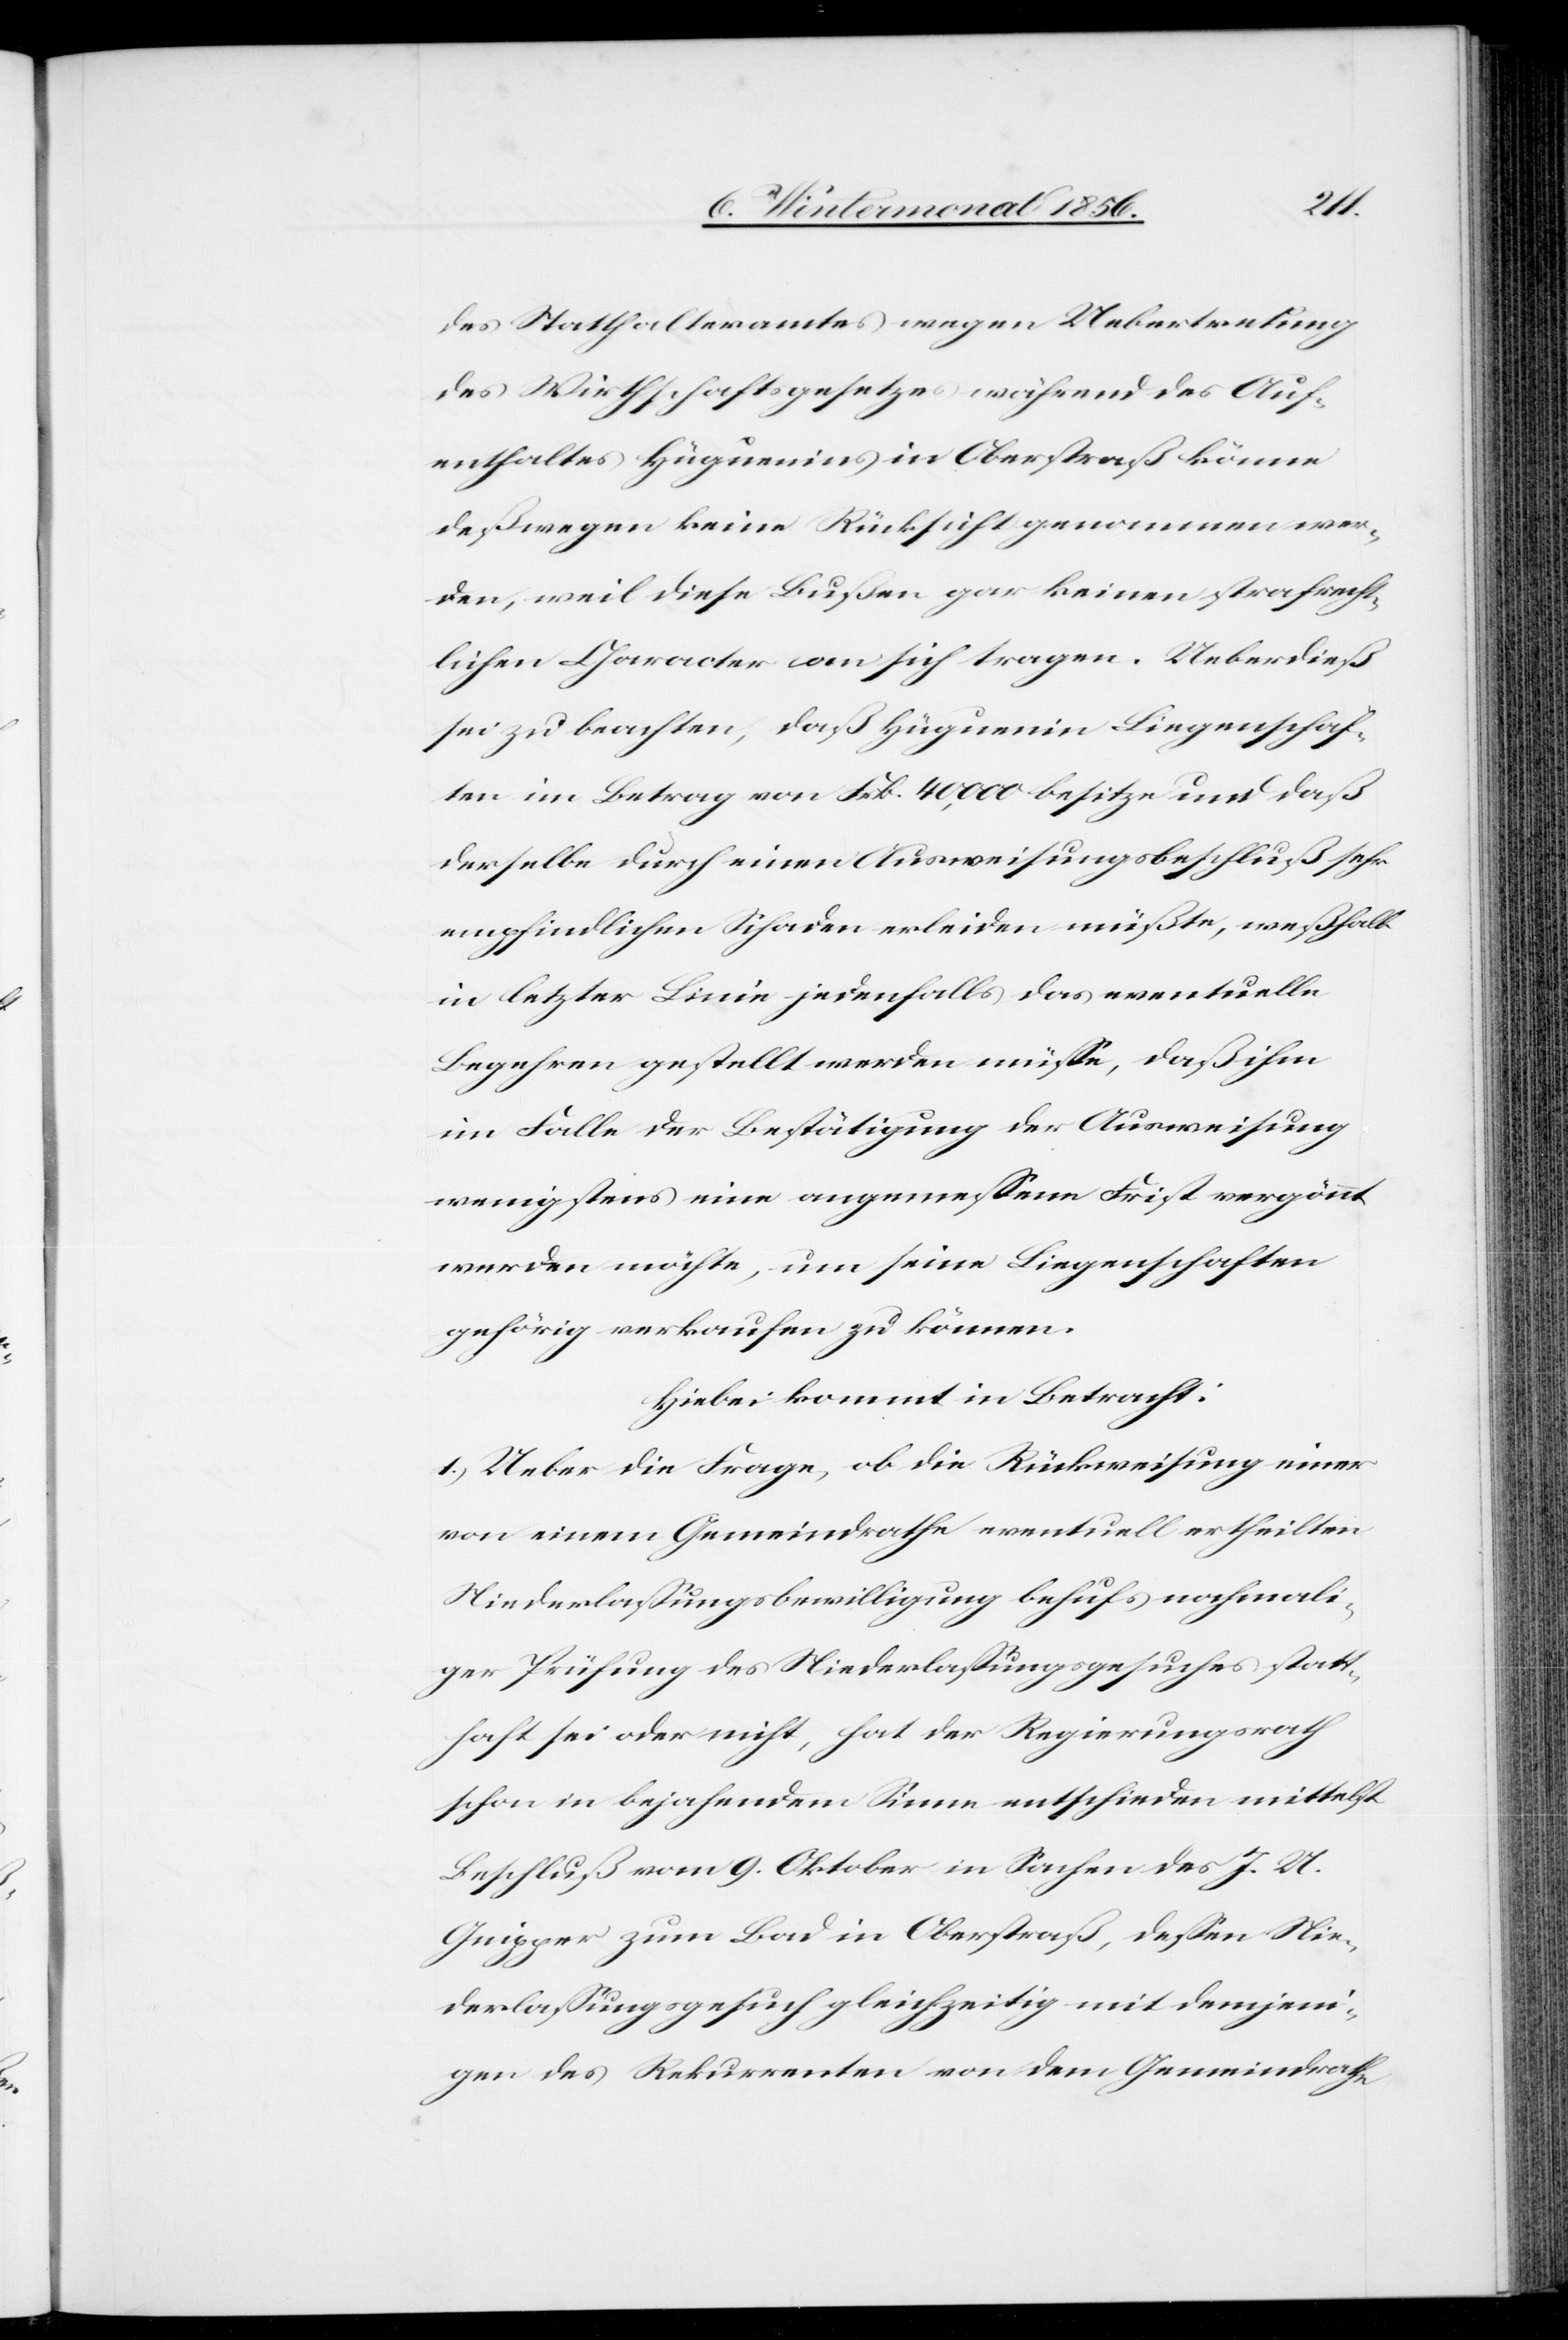
des Statthalteramtes wegen Uebertretung
des Wirthschaftsgesetzes während des Auf¬
enthaltes Hüguenins in Oberstraß könne
deßwegen keine Rücksicht genommen wer¬
den, weil diese Bußen gar keinen strafrecht¬
lichen Character an sich tragen. Ueberdieß
sei zu beachten, daß Hüguenin Liegenschaf¬
ten im Betrag von Frk. 40,000 besitze und daß
derselbe durch einen Ausweisungsbeschluß sehr
empfindlichen Schaden erleiden müßte, weßhalb
in letzter Linie jedenfalls das eventuelle
Begehren gestellt werden müsse, daß ihm
im Falle der Bestätigung der Ausweisung
wenigstens eine angemessene Frist vergönnt
werden möchte, um seine Liegenschaften
gehörig verkaufen zu können.
Hiebei kommt in Betracht:
1.) Ueber die Frage, ob die Rückweisung einer
von einem Gemeindrathe eventuell ertheilten
Niederlassungsbewilligung behufs nochmali¬
ger Prüfung des Niederlassungsgesuches statt¬
haft sei oder nicht, hat der Regierungsrath
schon in bejahendem Sinne entschieden mittelst
Beschluß vom 9. Oktober in Sachen des J. U.
Gnipper zum Bad in Oberstraß, dessen Nie¬
derlassungsgesuch gleichzeitig mit demjeni¬
gen des Rekurrenten von dem Gemeindrathe